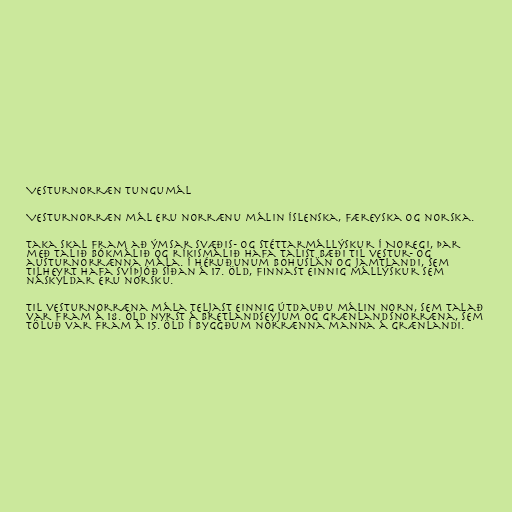
Vesturnorræn tungumál

Vesturnorræn mál eru norrænu málin íslenska, færeyska og norska.

Taka skal fram að ýmsar svæðis- og stéttarmállýskur í Noregi, þar
með talið bókmálið og ríkismálið hafa talist bæði til vestur- og
austurnorrænna mála. Í héruðunum Bohuslän og Jamtlandi, sem
tilheyrt hafa Svíþjóð síðan á 17. öld, finnast einnig mállýskur sem
náskyldar eru norsku.

Til vesturnorræna mála teljast einnig útdauðu málin norn, sem talað
var fram á 18. öld nyrst á Bretlandseyjum og grænlandsnorræna, sem
töluð var fram á 15. öld í byggðum norrænna manna á Grænlandi.